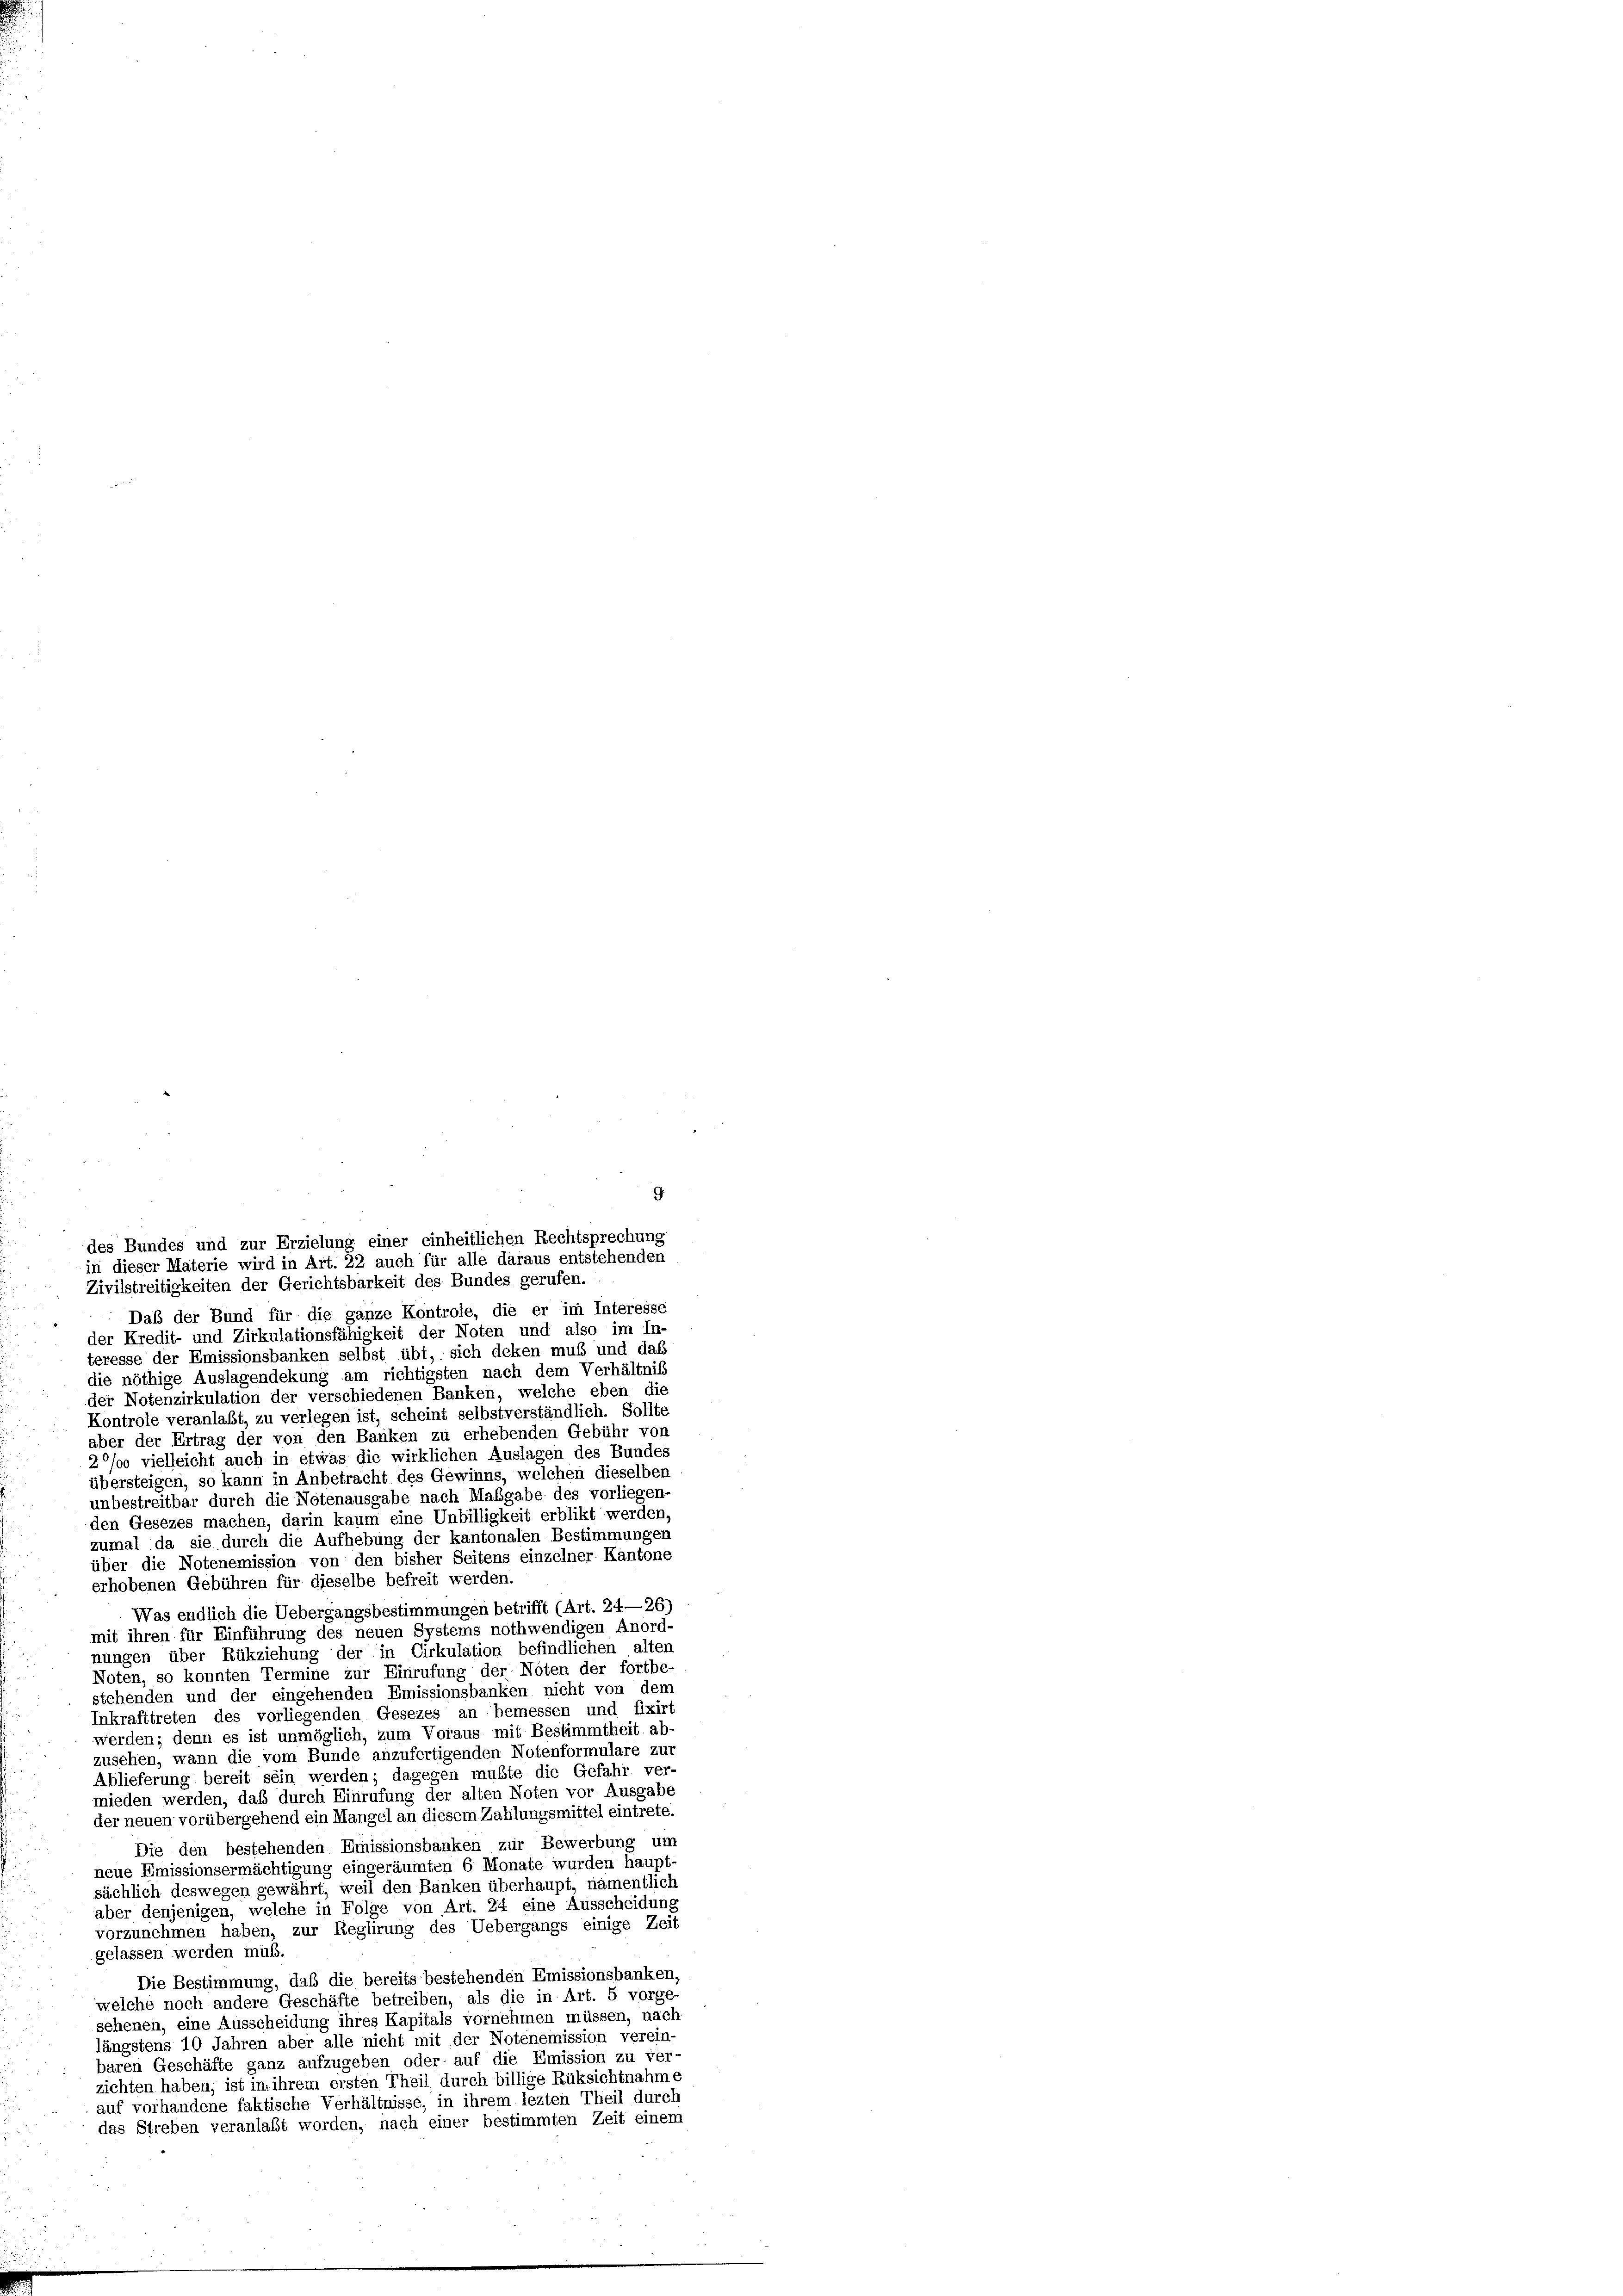
Zivilstreitigkeiten der Gerichtsbarkeit des Bundes gerufen.
Daß der Bund für die ganze Kontrole, die er im Interesse
der Kredit- und Zirkulationsfähigkeit der Noten und also im In-
teresse der Emissionsbanken selbst übt, sich deken muß und das
die nöthige Auslagendekung am richtigsten nach dem Verhältnis
der Notenzirkulation der verschiedenen Banken, welche eben die
Kontrole veranlaßt, zu verlegen ist, scheint selbstverständlich. Sollte
aber der Ertrag der von den Banken zu erhebenden Gebühr von
2°/oo vielleicht auch in etwas die wirklichen Auslagen des Bundes
übersteigen, so kann in Anbetracht des Gewinns, welchen dieselben
unbestreitbar durch die Notenausgabe nach Maßgabe des vorliegen
den Gesezes machen, darin kaum eine Unbilligkeit erblikt werden,
zumal da sie durch die Aufhebung der kantonalen Bestimmungen
über die Notenemission von den bisher Seitens einzelner Kantone
erhobenen Gebühren für dieselbe befreit werden.
Was endlich die Uebergangsbestimmungen betrifft (Art. 24—26)
mit ihren für Einführung des neuen Systems nothwendigen Anord-
nungen über Rükziehung der in Cirkulation befindlichen alten
Noten, so konnten Termine zur Einrufung der Noten der fortbe-
stehenden und der eingehenden Emissionsbanken nicht von dem
Inkrafttreten des vorliegenden Gesezes an bemessen und fixirt
werden; denn es ist unmöglich, zum Voraus mit Bestimmtheit ab
zusehen, wann die vom Bunde anzufertigenden Notenformulare zus
Ablieferung bereit sein werden; dagegen mußte die Gefahr ver-
mieden werden, daß durch Einrufung der alten Noten vor Ausgabe
der neuen vorübergehend ein Mangel an diesem Zahlungsmittel eintrete.
Die den bestehenden Emissionsbanken zur Bewerbung um
neue Emissionsermächtigung eingeräumten 6 Monate wurden haupt-
sächlich deswegen gewährt, weil den Banken überhaupt, namentlich
aber denjenigen, welche in Folge von Art. 24 eine Ausscheidung
vorzunehmen haben, zur Reglirung des Uebergangs einige Zeit
gelassen werden muß.
Die Bestimmung, daß die bereits bestehenden Emissionsbanken,
welche noch andere Geschäfte betreiben, als die in Art. 5 vorge-
sehenen, eine Ausscheidung ihres Kapitals vornehmen müssen, nach
längstens 10 Jahren aber alle nicht mit der Notenemission verein-
baren Geschäfte ganz aufzugeben oder auf die Emission zu ver-
zichten haben; ist in ihrem ersten Theil durch billige Rüksichtnahme
auf vorhandene faktische Verhältnisse, in ihrem lezten Theil durch
das Streben veranlaßt worden, nach einer bestimmten Zeit einem

9.
des Bundes und zur Erzielung einer einheitlichen Rechtsprechung
in dieser Materie wird in Art. 22 auch für alle daraus entstehenden